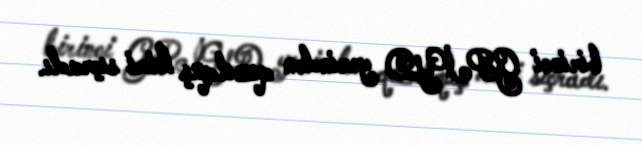
birinci GPİYD yerindən qızılquş kimi sıçradı.